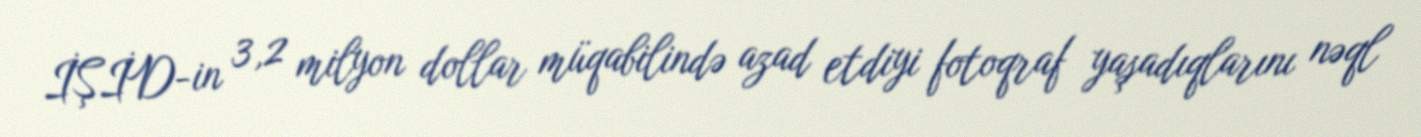
İŞİD-in 3,2 milyon dollar müqabilində azad etdiyi fotoqraf yaşadıqlarını nəql